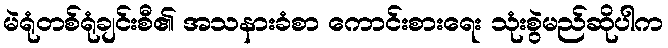
မဲရုံတစ်ရုံချင်းစီ၏ အသနားခံစာ ကောင်းစားရေး သုံးစွဲမည်ဆိုပါက